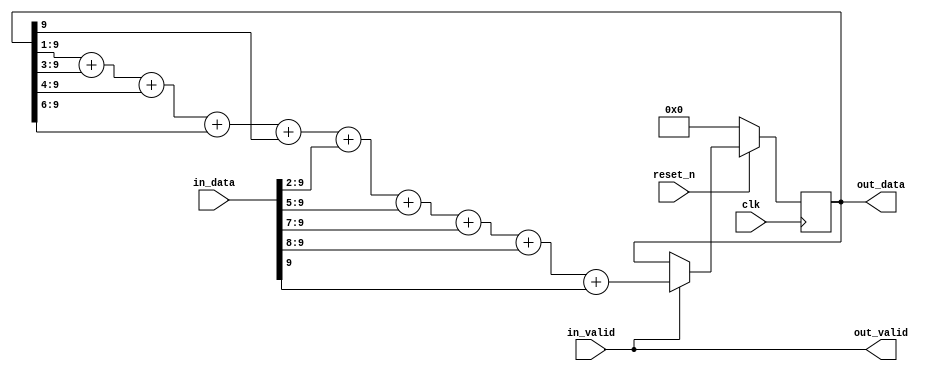
`timescale 1ns/1ns


module MyDeEmphasis
#(
	parameter DATA_WIDTH = 10
)
(
	input wire clk,
	input wire reset_n,
	
	input wire signed [DATA_WIDTH-1:0] in_data,
	input wire in_valid,

	output reg signed [DATA_WIDTH-1:0] out_data,
	output wire out_valid
);

	
	always @(posedge clk)
	begin
		if (~reset_n) begin			
			out_data <= 0;
		end
		else begin
			
			if (in_valid) begin
				// y[n] = 0.7058823529411764 * y[n-1] + 0.2941176470588236 * x[n]
								// 0 . 1011 0100 1011 0100 1011 0100 * y[n-1]
				out_data <=   (out_data >>> 1)
								+ (out_data >>> 3)
								+ (out_data >>> 4)
								+ (out_data >>> 6)
								+ (out_data >>> 9)
								// + 0 . 0100 1011 0100 1011 0100 1011 * x[n]
								+ (in_data >>> 2)
								+ (in_data >>> 5)
								+ (in_data >>> 7)
								+ (in_data >>> 8)
								+ (in_data >>> 10);
			end
			
		end
	end
	assign out_valid = in_valid;


endmodule